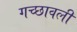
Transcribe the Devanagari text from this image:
गच्छावली